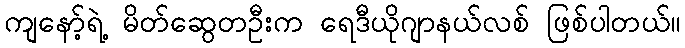
ကျနော့်ရဲ့ မိတ်ဆွေတဦးက ရေဒီယိုဂျာနယ်လစ် ဖြစ်ပါတယ်။